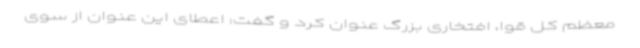
معظم کل قوا، افتخاری بزرگ عنوان کرد و گفت: اعطای این عنوان از سوی